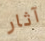
آثار